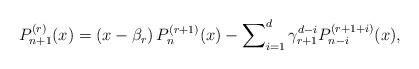
LaTeX: \begin{align*}P_{n+1}^{\left( r\right) }(x)=\left( x-\beta _{r}\right) P_{n}^{\left(r+1\right) }(x)-\sum\nolimits_{i=1}^{d}\gamma _{r+1}^{d-i}P_{n-i}^{\left(r+1+i\right) }(x), \end{align*}